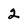
Character: 2